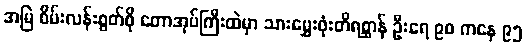
အမြဲ စိမ်းလန်းစွတ်စို တောအုပ်ကြီးထဲမှာ သားမွှေးဖုံးတိရစ္ဆာန် ဦးရေ ၉၀ ကနေ ၉၅